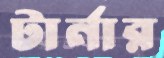
টার্নার